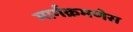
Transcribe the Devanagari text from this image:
मार्गक्रमणेस